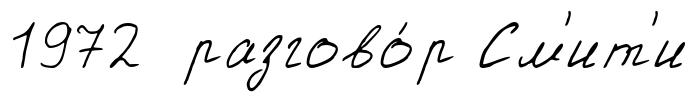
1972 разгово́р См'ит'и